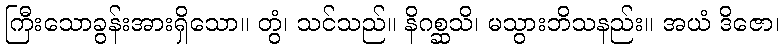
ကြီးသောခွန်းအားရှိသော။ တွံ၊ သင်သည်။ နိဂစ္ဆသိ၊ မသွားဘိသနည်း။ အယံ ဒိဇော၊